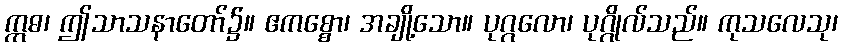
ဣဓ၊ ဤသာသနာတော်၌။ ဧကစ္စော၊ အချို့သော။ ပုဂ္ဂလော၊ ပုဂ္ဂိုလ်သည်။ ကုသလေသု၊